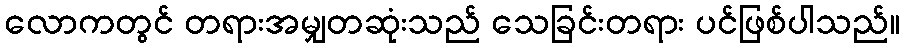
လောကတွင် တရားအမျှတဆုံးသည် သေခြင်းတရား ပင်ဖြစ်ပါသည်။